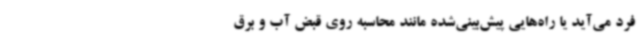
فرد می‌آید یا راه‌هایی پیش‌بینی‌شده مانند محاسبه روی قبض آب و برق